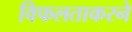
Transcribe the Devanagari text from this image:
विफलताकरने